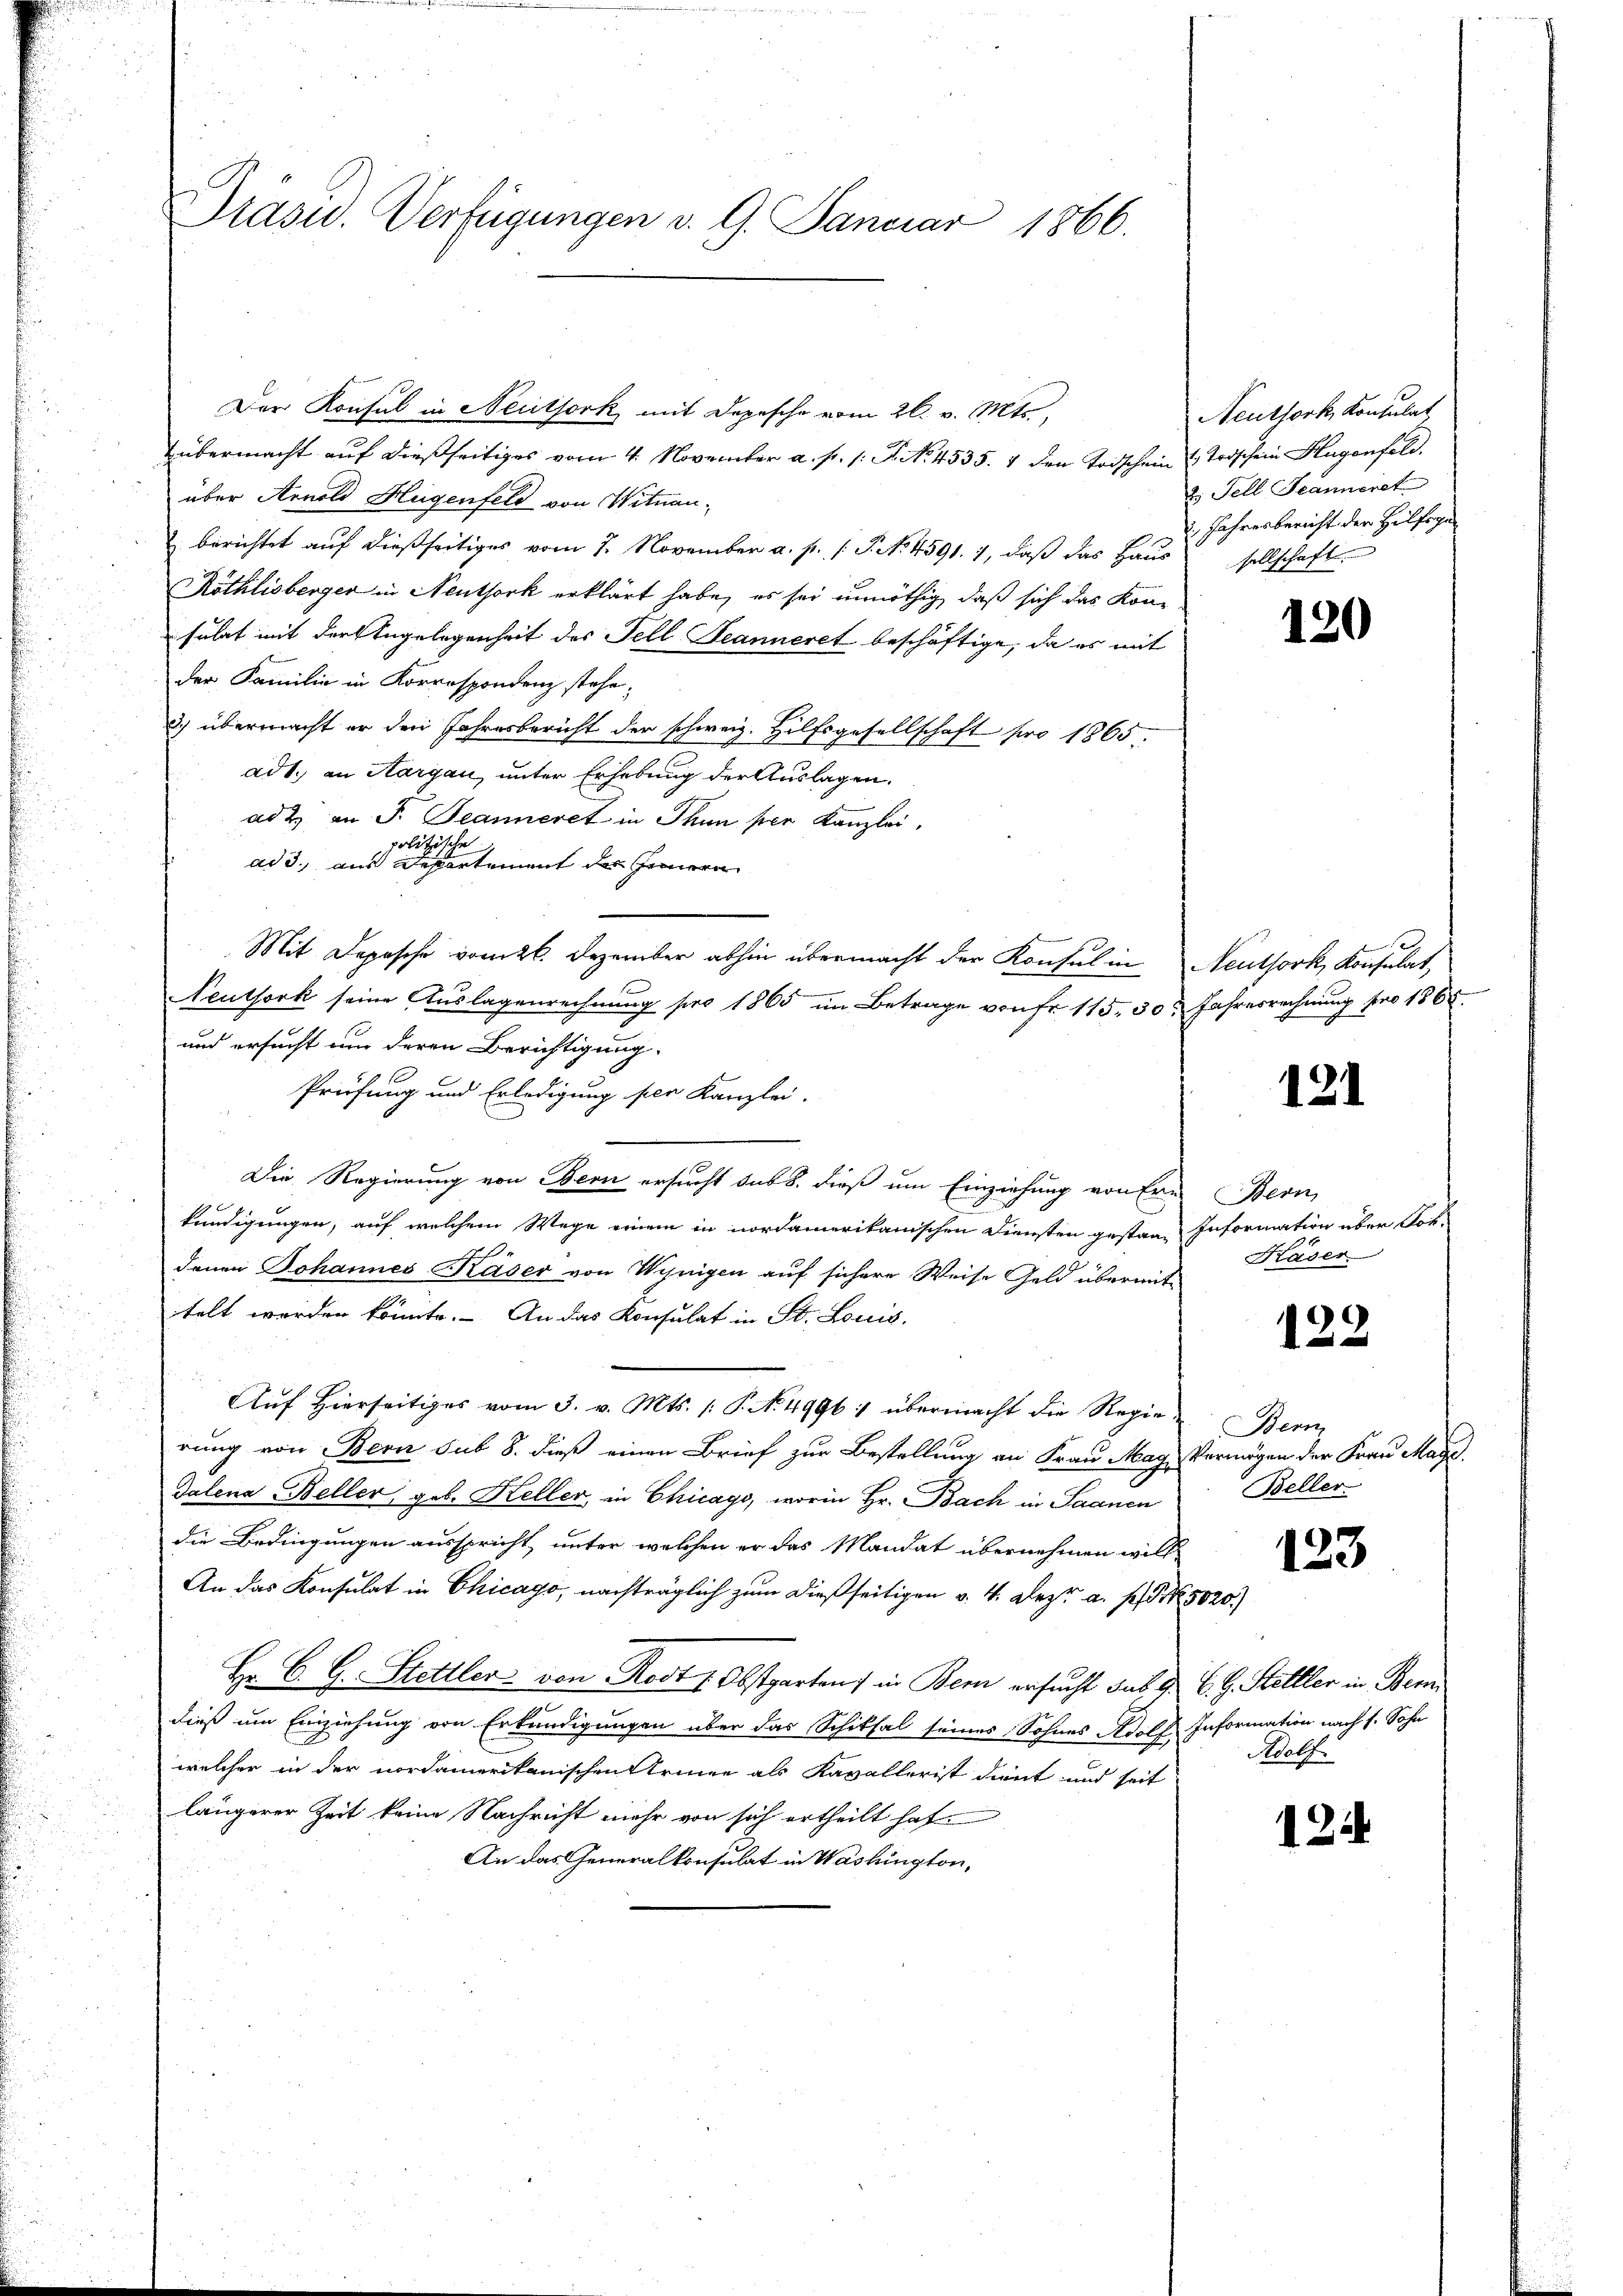
Dtasu. Verfügungen v. 9. Januar 1866.

Der Konsul in Neuthork mit Depesche vom 26. v. Mts.,
übermacht auf dießseitiges vom 4. November a. p. 1. P. No. 4535. 4 den Todschein & Todschein Hugenfeld.
über Arnold Hugenfeld von Wituan¬
 berichtet auf dießseitiges vom 7. November a. p. 1 S. No 4591. 1, daß das Haus
Röthlisberger in Neuthork erklärt habe, es sei unnöthig, daß sich das Kon-
sulat mit der Engelegenheit des Fell Seanneret beschäftige, da es mit
der Familie in Korrespondenz stehe;
2) übermacht er den Jahresbericht der schweiz. Hilfsgesellschaft pro 1865.
ad 1. an Sargau, unter Erhebung der Auslagen.
ad 2. an F. Beanneret in Thun per Kanzlei,
politische
ad 3. aus Departement der Fernern
Mit Depesche vom 26. Dezember abhin übermacht der Konsul in Neuthork, Konsulat,
Neuthork seine Auslagenrechnung pro 1865 im Betrage von fr. 115. 30t Jahresrechnung pro 1868.
und ersucht um deren Berichtigung.
Prüfung und Erledigung per Kanzlei.
Die Regierung von Bern ersucht das 8. dieß um Einziehung von Erns Bern,
kündigungen, auf welchem Wege einem in nordamerikanischen Diensten gestan- Information über Aufdenen Johannes Kaser von Winigen auf sichere Weise Geld übermit
telt worden könnte. An das Konsulat in St. Louis
Auf Hierseitiges vom 3. v. Mts. (: P. N. 4996 übermacht die Regierung von Bern sub 8. dieß einen Brief zur Bestellung an Frau Mag. Vermögen der Frau Magi
Talena Beller, geb. Keller, in Chicago, worin Hr. Bach in Saanen
die Bedingungen ausspricht, unter welchen er das Mandat übernehmen will
An das Konsulat in Chicago, nachträglich zum dießseitigen v. 4. Klezr a. p. 5020)
Hr. C. G. Stettler von Rost 1 Obstgarten) in Bern ersucht sub. G. B. G. Stelller in Bem
dieß um Einziehung von Erkundigungen über das Schiksal seines Sohnes Adolf, Information nach s. Sohn
welcher in der nordamerikanischen Armee als Kavallerist dient und seit
längerer Zeit keine Nachricht mehr von sich ertheilt hat
An das Generalkonsulat in Washington,

Neuthork, Konsulat
2. Fell Jeanneret
, Jahresbericht der Hilfege
sellschaft.

120

121

Kaser

122

Bem
Beller

123

Adolf.

124